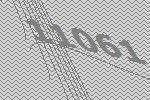
11061